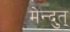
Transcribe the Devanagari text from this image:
मेन्दुत्